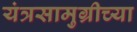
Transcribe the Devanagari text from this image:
यंत्रसामुग्रीच्या